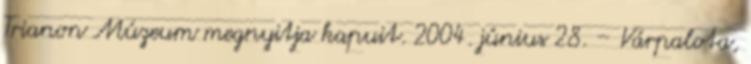
Trianon Múzeum megnyitja kapuit. 2004. június 28. – Várpalota,